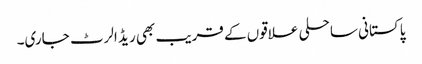
پاکستانی ساحلی علاقوں کے قریب بھی ریڈ الرٹ جاری۔